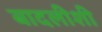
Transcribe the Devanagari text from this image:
बादलीशी